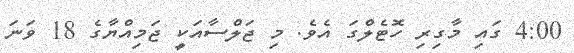
4:00 ގައި މާގިރި ހޮޓެލްގަ އެވެ. މި ޖަލްސާއަކީ ޖަމިއްޔާގެ 18 ވަނަ